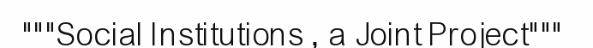
"""Social Institutions , a Joint Project"""